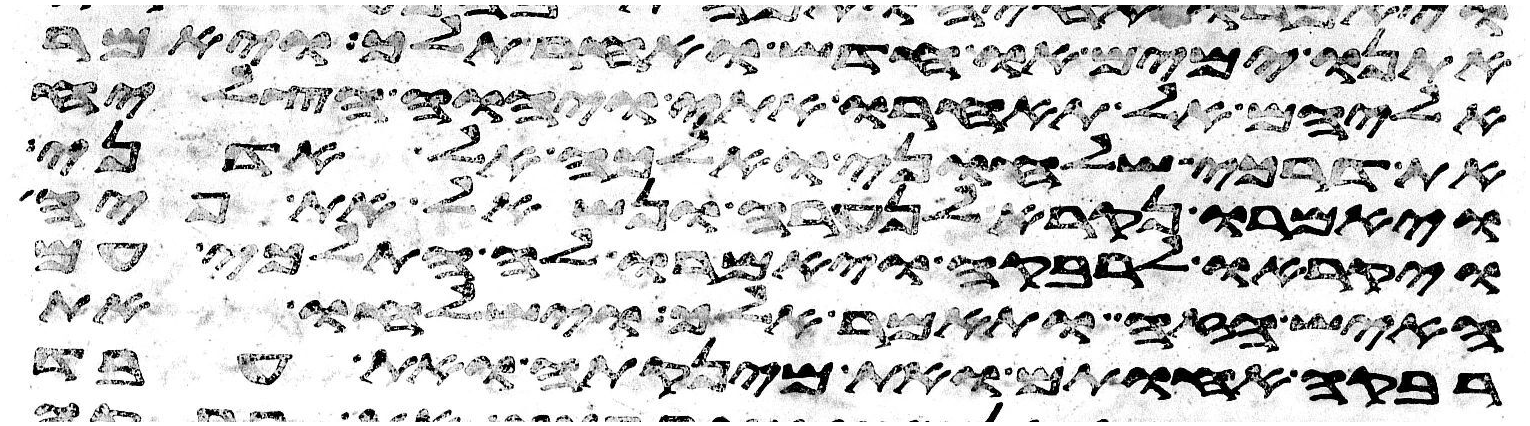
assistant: אתנו ימים או חדש ואחר תלך ויאמר
אליהם אל תאחרו אתי ויהוה הצליח
את דרכי שלחוני ואלכה אל אדני
ויאמרו נקרא לנערה ונשאל את פיה
ויקראו לרבקה ויאמרו לה התלכי עם
האיש הזה ותאמר אלך וישלחו את
רבקה אחותם ואת מינקתה ואת עבד